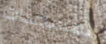
المساعدات